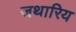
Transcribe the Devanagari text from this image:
जथारिय